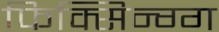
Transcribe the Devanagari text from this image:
फिक्सिन्ग्ग